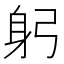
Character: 躬